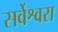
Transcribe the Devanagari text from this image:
सर्वेश्वरा